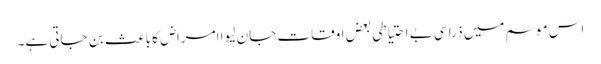
اس موسم میں ذرا سی بے احتیاطی بعض اوقات جان لیوا امراض کا باعث بن جاتی ہے۔